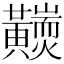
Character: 𪏩